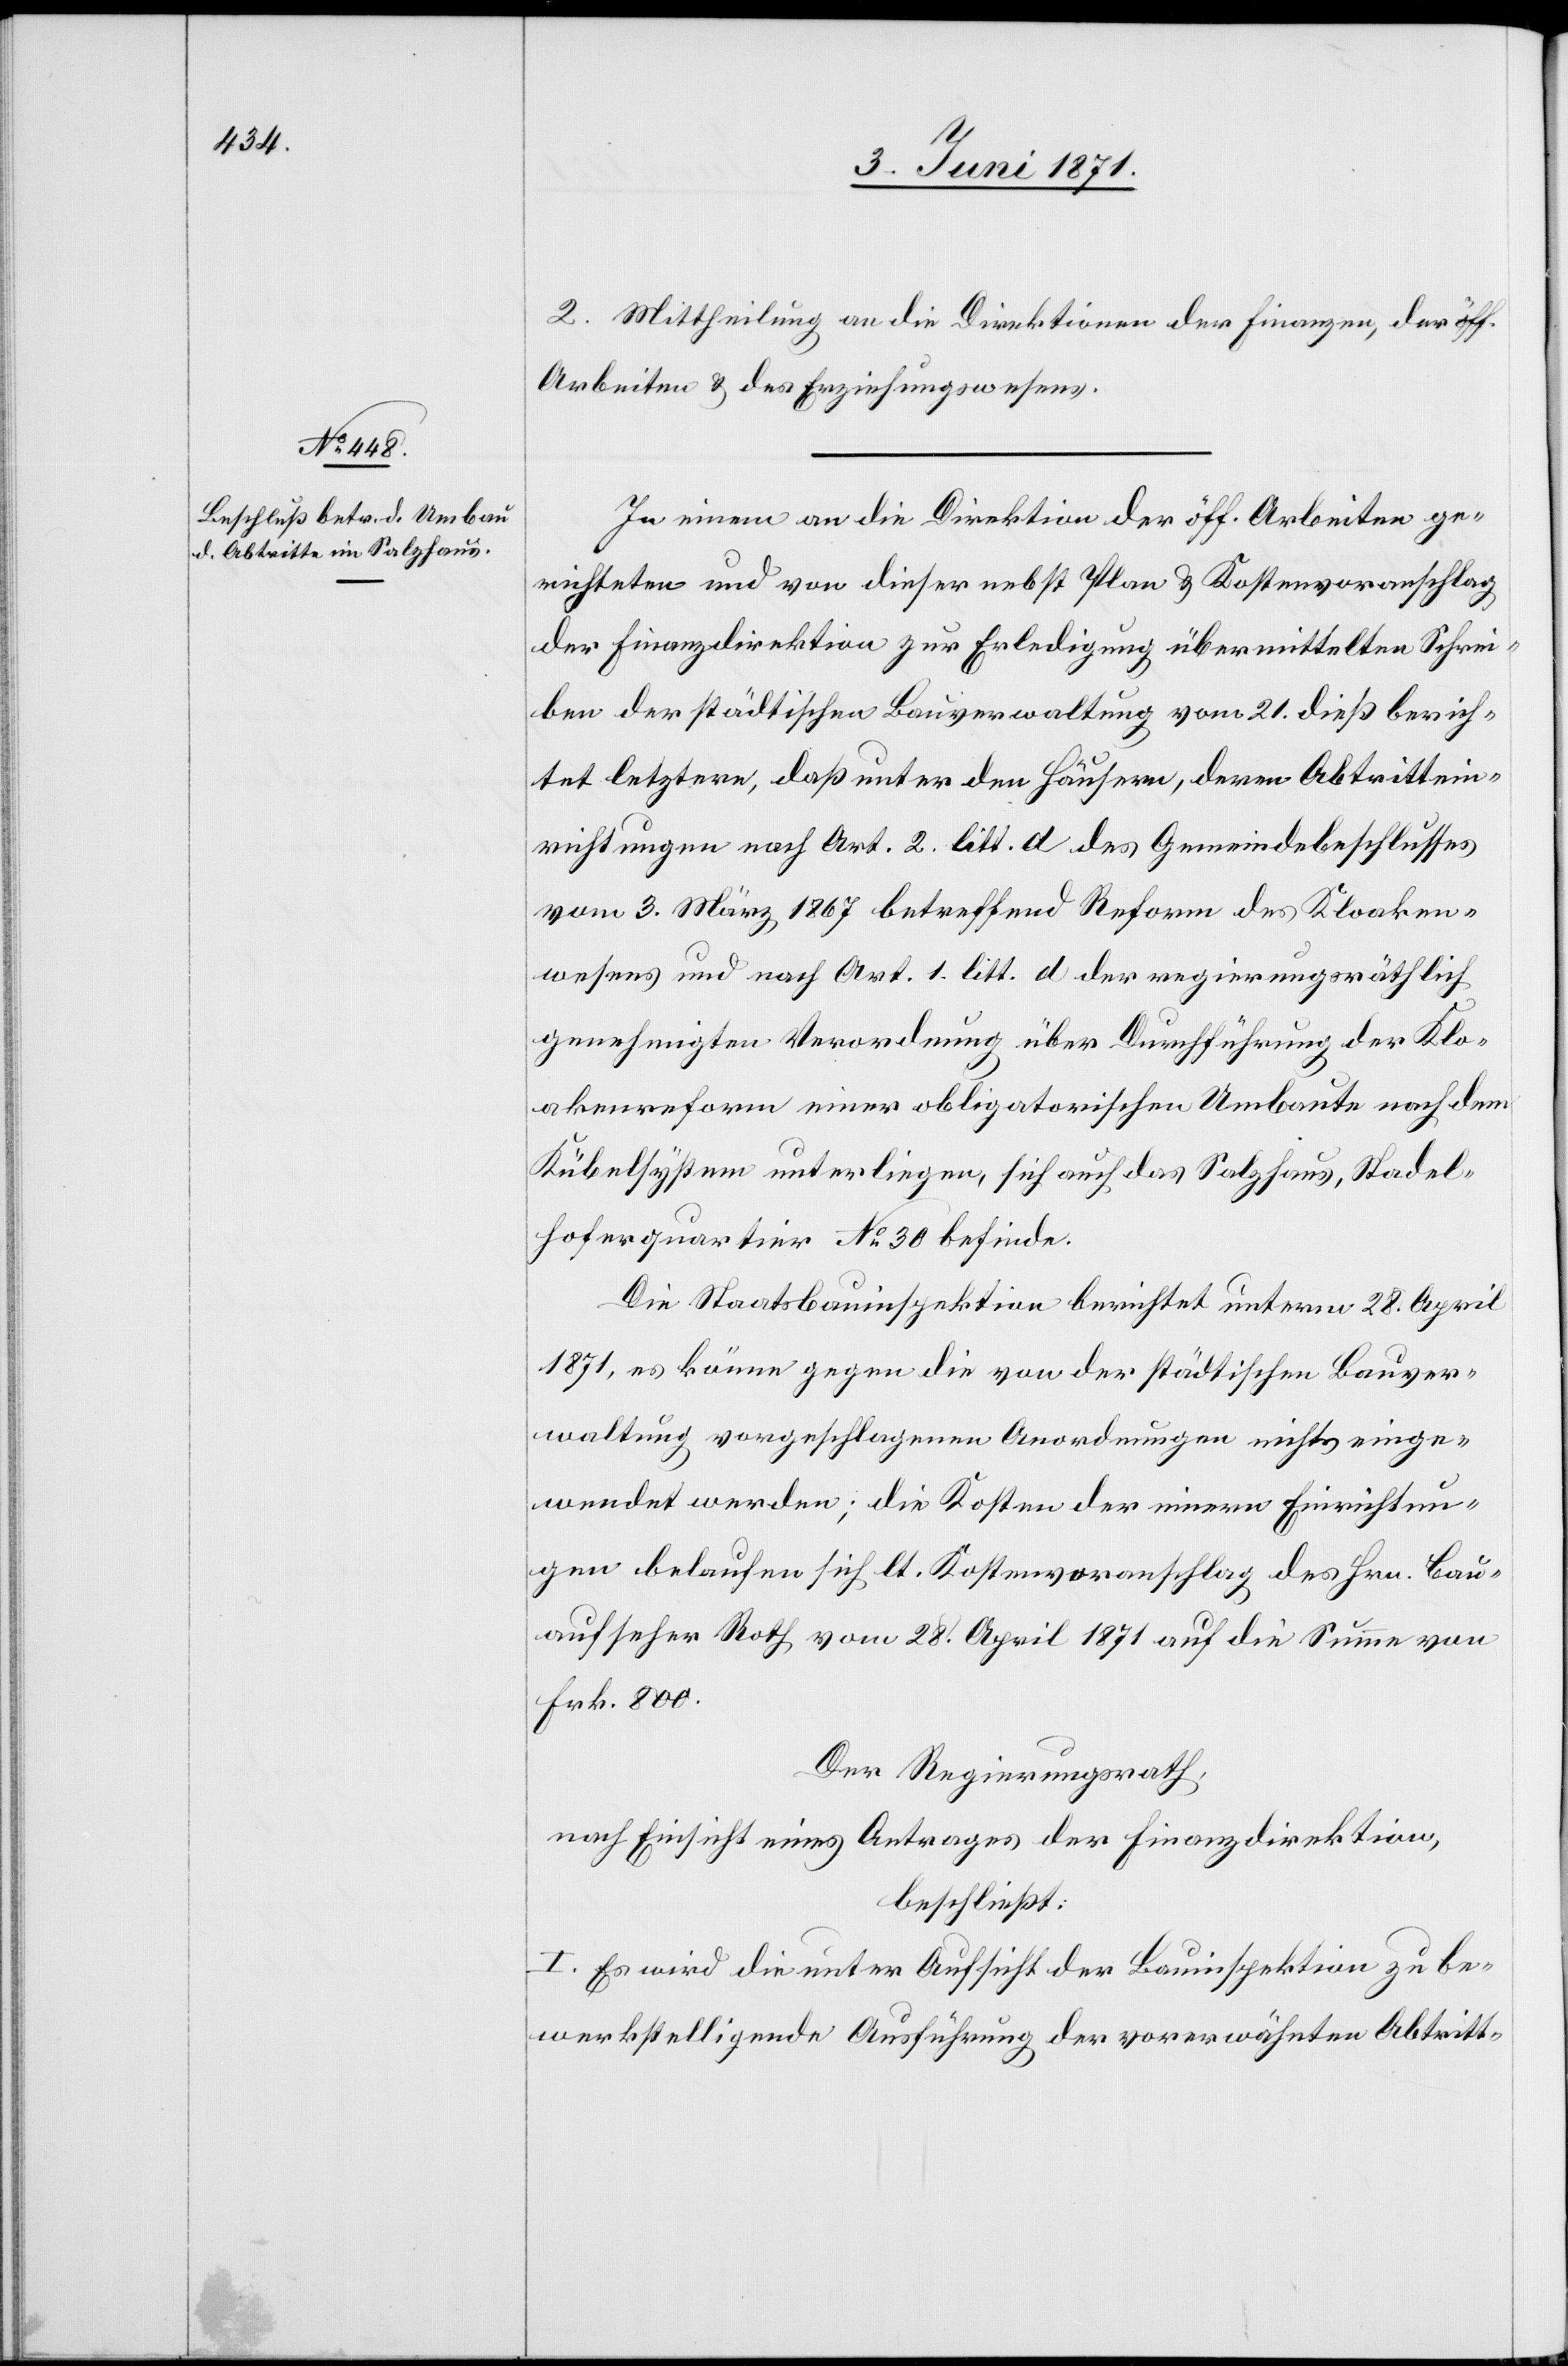
2. Mittheilung an die Direktion der Finanzen, der öff.
Arbeiten u. des Erziehungswesens.
In einem an die Direktion der öff. Arbeiten ge¬
richteten und von dieser nebst Plan u. Kostenvoranschlag
der Finanzdirektion zur Erledigung übermittelten Schrei¬
ben der städtischen Bauverwaltung vom 21. dieß berich¬
tet letztere, daß unter den Häusern, deren Abtrittein¬
richtungen nach Art. 2 litt. d des Gemeindebeschlusses
vom 3. März 1867 betreffend Reform des Kloaken¬
wesens und nach Art. 1 litt. d der regierungsräthlich
genehmigten Verordnung über Durchführung der Klo¬
akenreform einer obligatorischen Umbaute nach dem
Kübelsystem unterliegen, sich auch das Salzhaus, Stadel¬
hofenquartier No. 30 befinde.
Die Staatsbauinspektion berichtet unterm 28. April
1871, es könne gegen die von der städtischen Bauver¬
waltung vorgeschlagenen Anordnungen nichts einge¬
wendet werden; die Kosten der innern Einrichtun¬
gen belaufen sich lt. Kostenvoranschlag des Hrn. Bau¬
aufseher Roth vom 28. April 1871 auf die Summe von
Frk. 800.
Der Regierungsrath,
nach Einsicht eines Antrages der Finanzdirektion,
beschließt:
I. Es wird die unter Aufsicht der Bauinspektion zu be¬
werkstelligende Ausführung der vorerwähnten Abtritt-